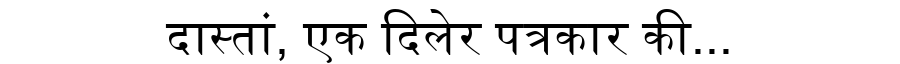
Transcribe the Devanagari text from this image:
दास्तां, एक दिलेर पत्रकार की...